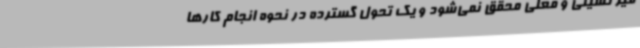
میز نشینی و فعلی محقق نمی‌شود و یک تحول گسترده در نحوه انجام کارها